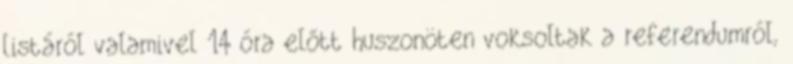
listáról valamivel 14 óra előtt huszonöten voksoltak a referendumról,